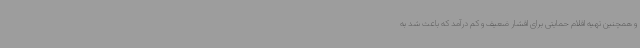
و همچنین تهیه اقلام حمایتی برای اقشار ضعیف و کم درآمد که باعث شد به